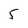
Character: 5